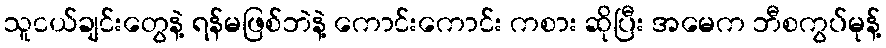
သူငယ်ချင်းတွေနဲ့ ရန်မဖြစ်ဘဲနဲ့ ကောင်းကောင်း ကစား ဆိုပြီး အမေက ဘီစကွပ်မုန့်